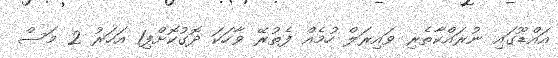
އައްޑޫގައި ނުރައްކާތެރި ވައިރަލް ހުމެއް ފެތުރޭ ވާހަކަ ދޮގުކޮށްފި1 އަހަރު 2 މަސް